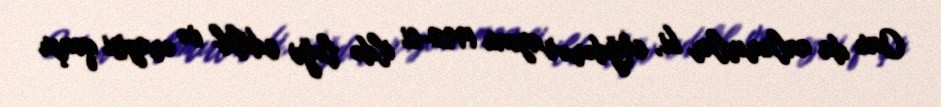
Onu da anlamırlar ki, Ağdərə rayonu 1992-ci ildə ləğv edilib və ərazisi qonşu